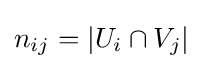
n_{ij}=\left|U_{i}\cap V_{j}\right|